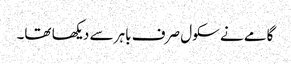
گامے نے سکول صرف باہر سے دیکھا تھا۔